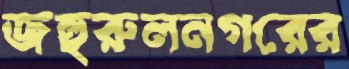
জহুরুলনগরের